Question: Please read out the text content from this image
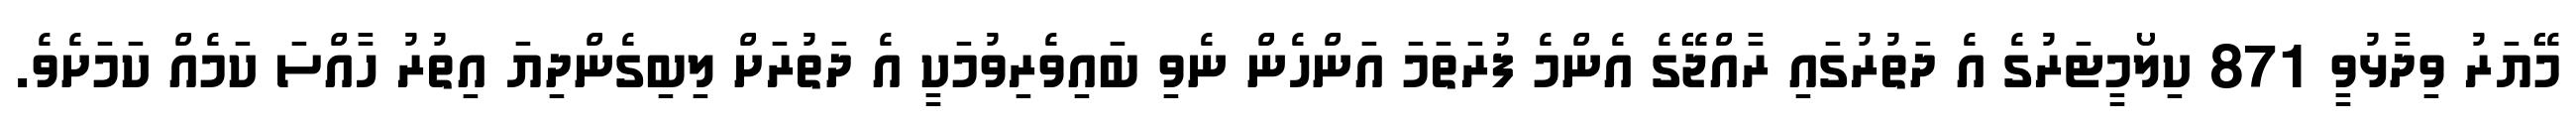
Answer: މޭޔަރު ވިދާޅުވީ 871 ކިލޯމީޓަރުގެ އެ ދަތުރުގައި ރާއްޖޭގެ އެންމެ ފުރަތަމަ އަންހެން ނެވި ބައިވެރިވުމަކީ އެ ދަތުރަށް ލިބިގެންދިޔަ އިތުރު ހާއްސަ ކަމެއް ކަމަށެވެ.